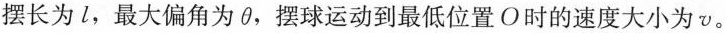
摆长为1，最大偏角为\theta，摆球运动到最低位置O时的速度大小为v。